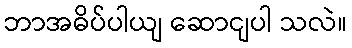
ဘာအဓိပ်ပါယျ ဆောငျပါ သလဲ။